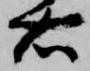
右